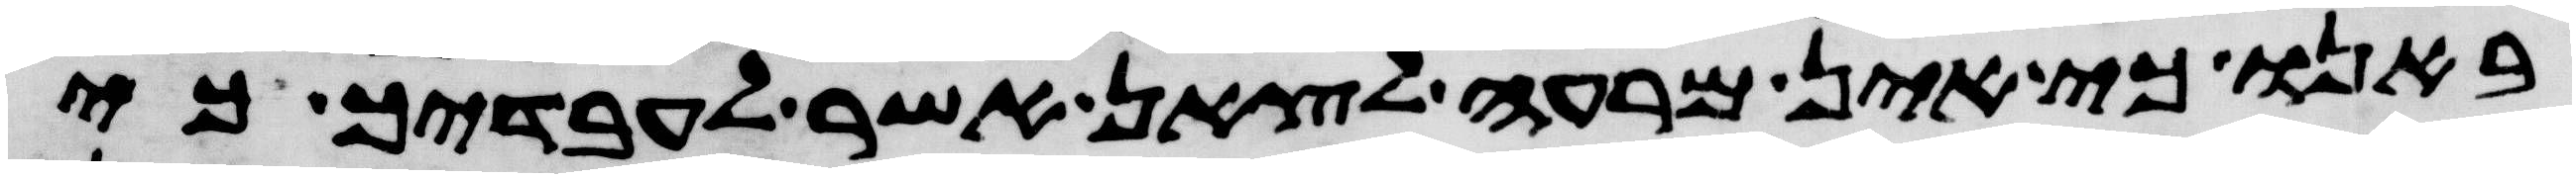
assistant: באנו כי אין מרעה לצאן אשר לעבדיך כי